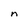
Character: n